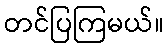
တင်ပြကြမယ်။